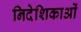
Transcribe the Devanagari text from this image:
निदेशिकाओं